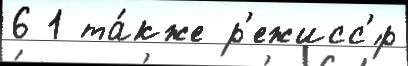
6 1 та́кже р'ежисс'́р